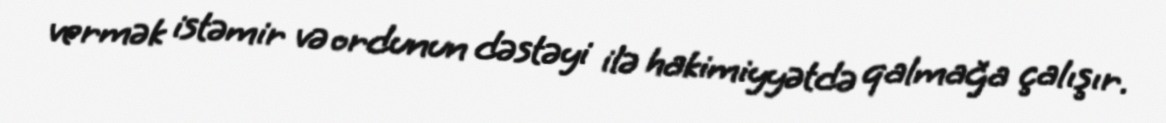
vermək istəmir və ordunun dəstəyi ilə hakimiyyətdə qalmağa çalışır.